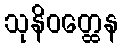
သုနိဝတ္ထေန